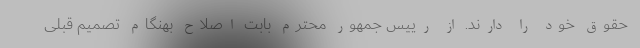
حقوق خود را دارند. از رییس جمهور محترم بابت اصلاح بهنگام تصمیم قبلی